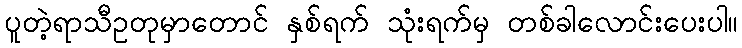
ပူတဲ့ရာသီဥတုမှာတောင် နှစ်ရက် သုံးရက်မှ တစ်ခါလောင်းပေးပါ။